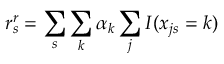
r _ { s } ^ { r } = \sum _ { s } \sum _ { k } \alpha _ { k } \sum _ { j } I ( x _ { j s } = k )